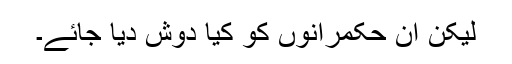
لیکن ان حکمرانوں کو کیا دوش دیا جائے۔